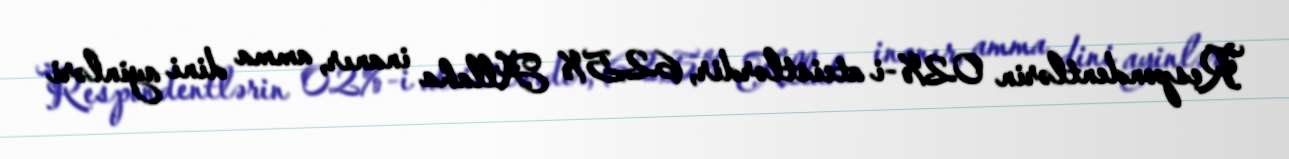
Respondentlərin 02%-i ateistlərdir, 62,5% Allaha inanır, amma dini ayinləri